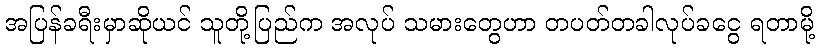
အပြန်ခရီးမှာဆိုယင် သူတို့ပြည်က အလုပ် သမားတွေဟာ တပတ်တခါလုပ်ခငွေ ရတာမို့